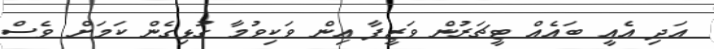
އަދި އެއީ ބައެއް ޓީޗަރުން ވަޒީފާ އިން ވަކިވުމާ ގުޅިގެން ކަމަށް ވެސް